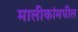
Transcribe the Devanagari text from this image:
मालीकांमधील